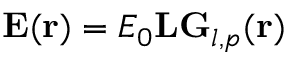
\mathbf { E } ( \mathbf { r } ) = E _ { 0 } \mathbf { L G } _ { l , p } ( \mathbf { r } )